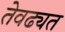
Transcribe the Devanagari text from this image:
तेवढ्यत